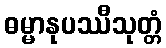
ဓမ္မာနုပဿီသုတ္တံ